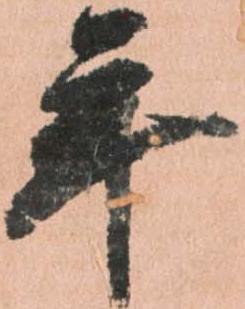
年